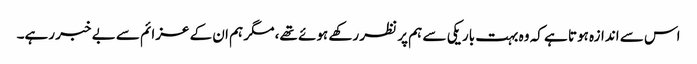
اس سے اندازہ ہوتا ہے کہ وہ بہت باریکی سے ہم پر نظر رکھے ہوئے تھے، مگر ہم ان کے عزائم سے بے خبر رہے۔